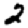
Digit: 2